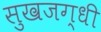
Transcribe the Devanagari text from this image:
सुखजग्धी